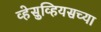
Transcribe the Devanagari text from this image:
व्हेसुव्हियसच्या